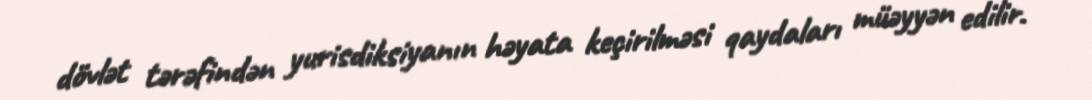
dövlət tərəfindən yurisdiksiyanın həyata keçirilməsi qaydaları müəyyən edilir.